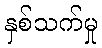
နှစ်သက်မှု